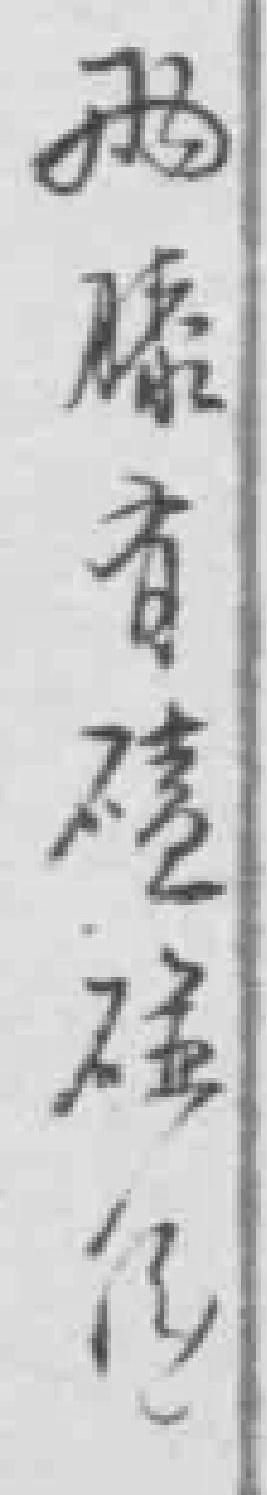
*膝有磕碰傷